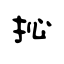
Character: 抋